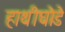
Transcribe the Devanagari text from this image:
हाथीघोडे